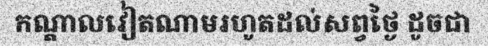
កណ្តាលវៀតណាមរហូតដល់សព្វថ្ងៃ ដូចជា